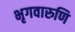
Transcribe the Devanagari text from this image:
भृगवारुणि